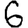
Digit: 6